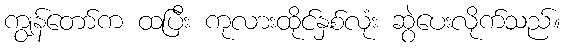
ကျွန်တော်က ထပြီး ကုလားထိုင်နှစ်လုံး ဆွဲပေးလိုက်သည်။